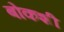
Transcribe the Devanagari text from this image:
बोकशी